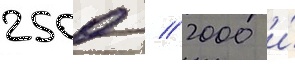
2500 / 2000 и́